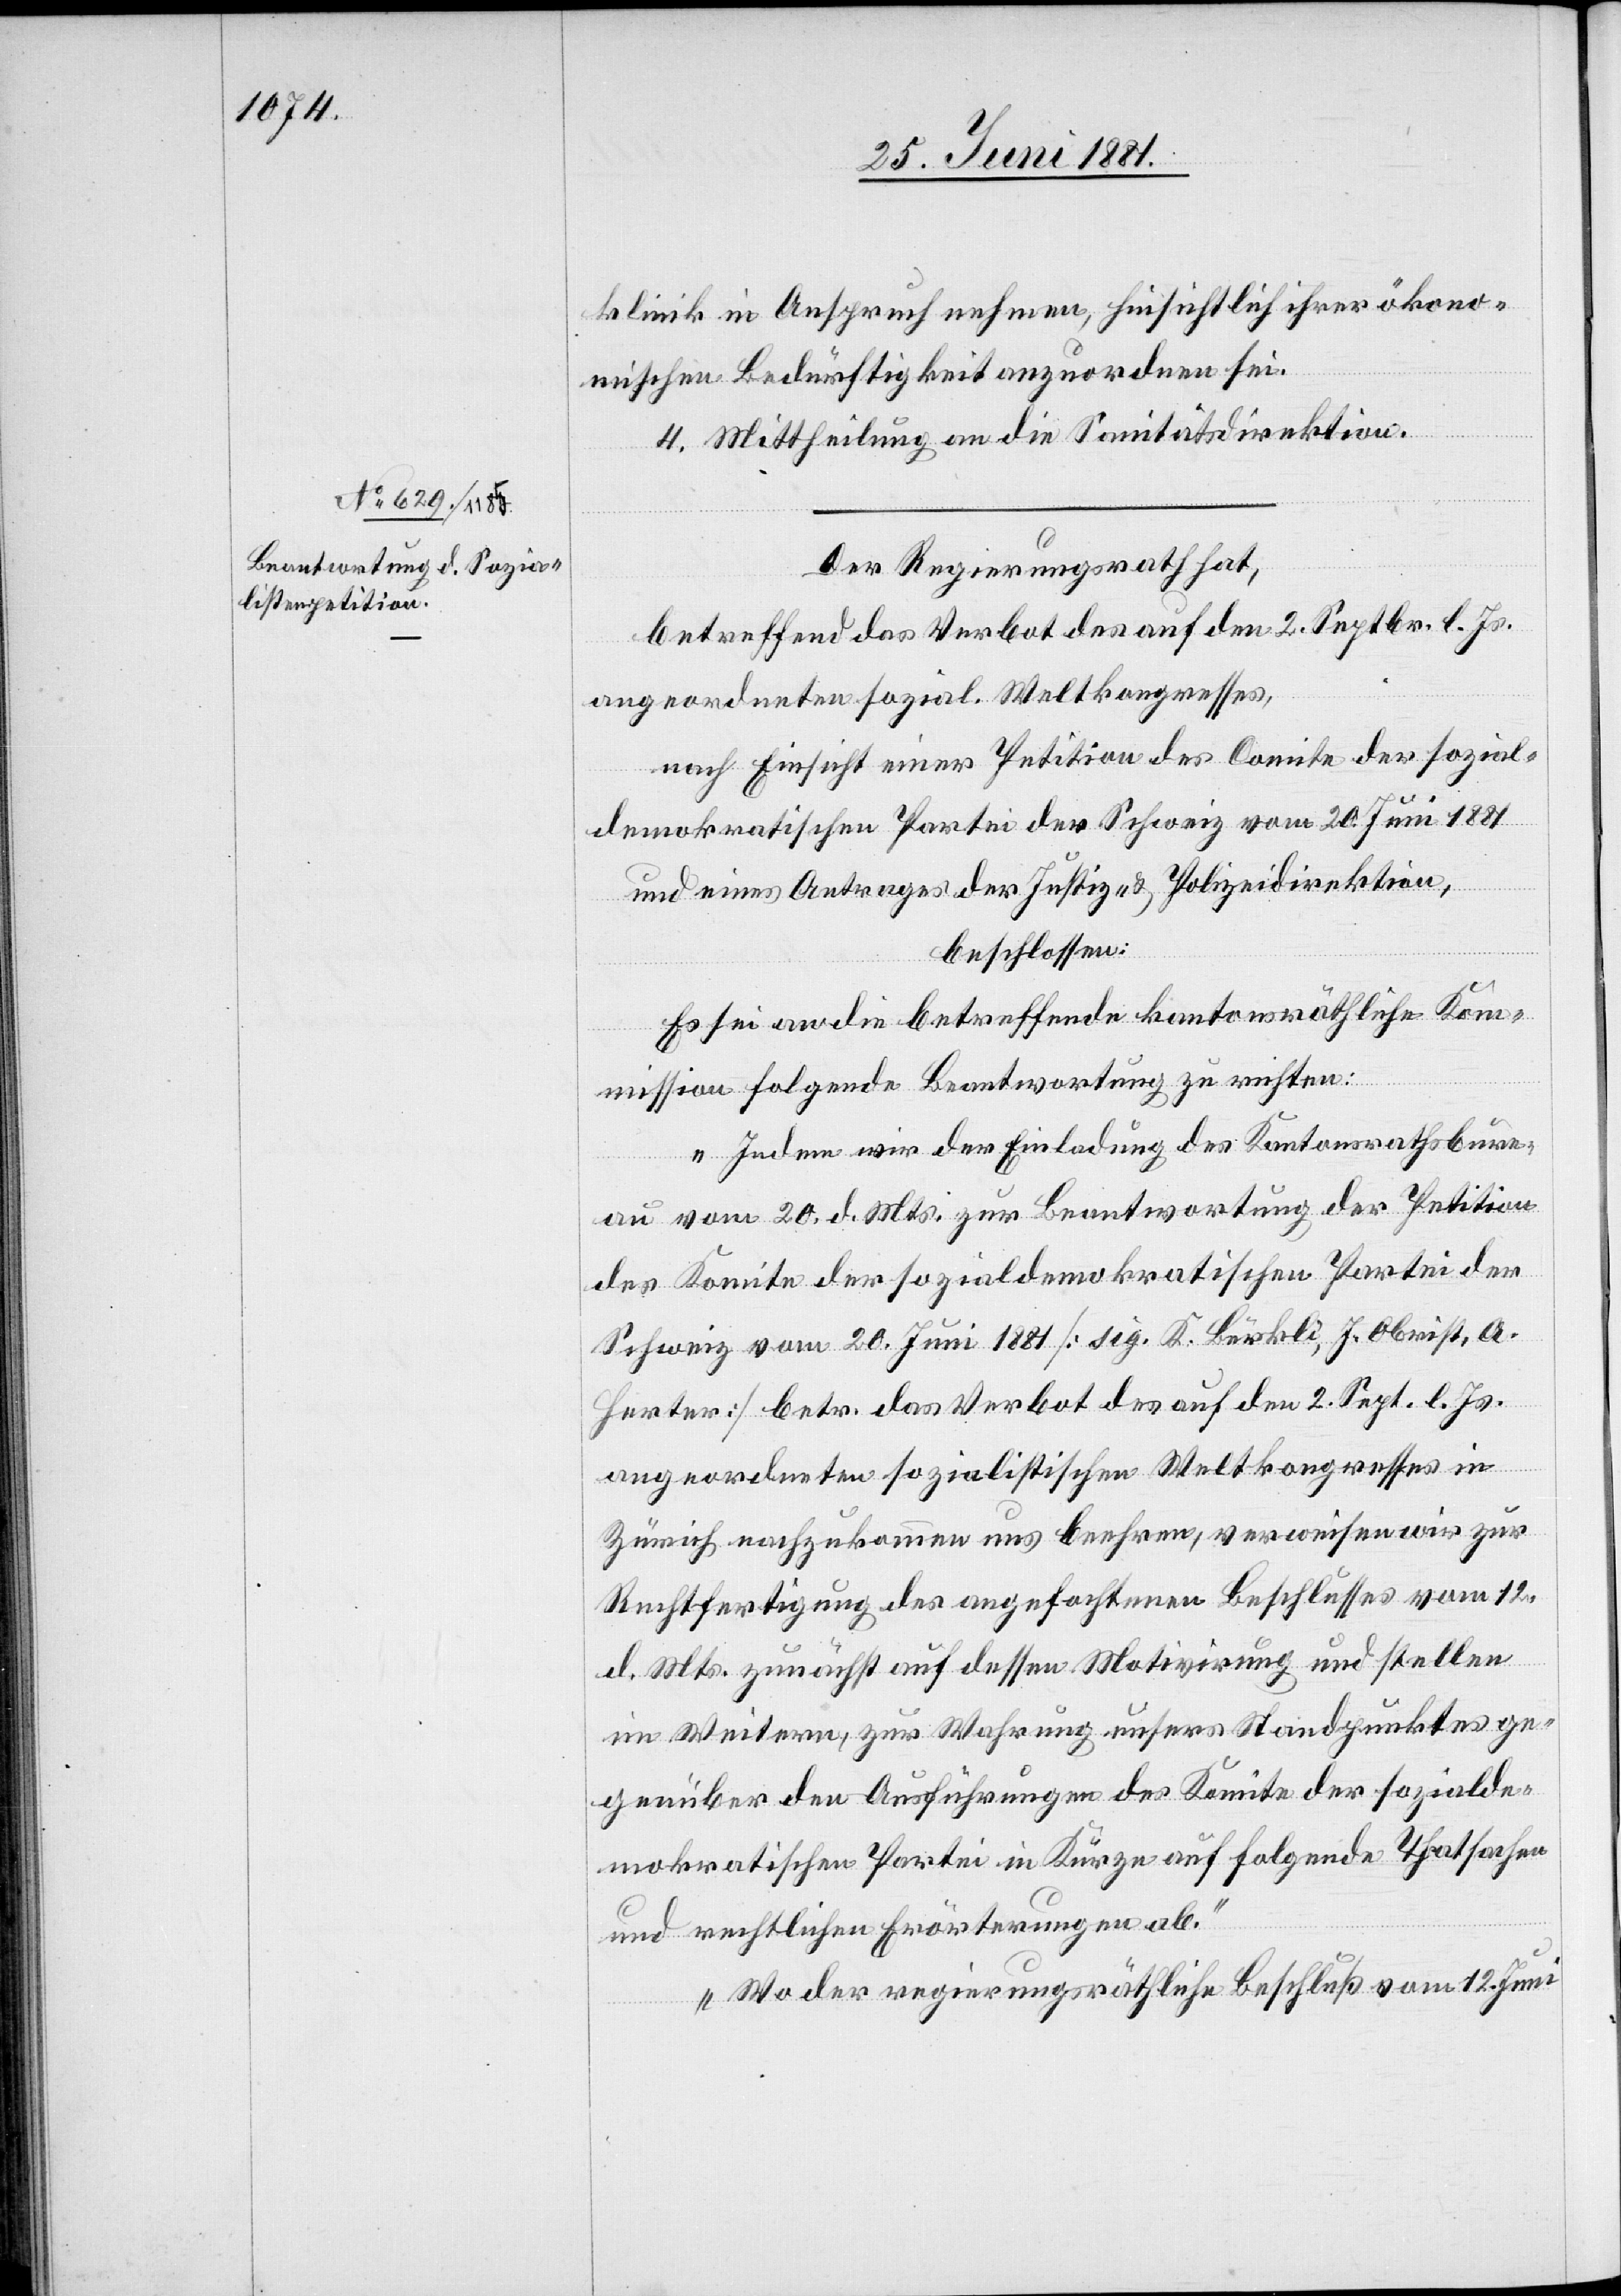
klinik in Anspruch nehmen, hinsichtlich ihrer ökono¬
mischen Bedürftigkeit anzuordnen sei.
4. Mittheilung an die Sanitätsdirektion.
Der Regierungsrath hat,
betreffend das Verbot des auf den 2. Septbr. l. Js.
angeordneten sozial. Weltkongresses,
nach Einsicht einer Petition des Comite der sozial¬
demokratischen Partei der Schweiz vom 20. Juni 1881
und eines Antrages der Justiz- & Polizeidirektion,
beschlossen:
Es sei an die betreffende kantonsräthliche Kom¬
mission folgende Beantwortung zu richten:
„Indem wir der Einladung des Kantonsrathsbure¬
au vom 20. d. Mts. zur Beantwortung der Petition
des Komitee der sozialdemokratischen Partei der
Schweiz vom 20. Juni 1881 [sig. K. Bürkli, J. Obrist, A.
Herter] betr. das Verbot des auf den 2. Sept. l. Js.
angeordneten sozialistischen Weltkongresses in
Zürich nachzukommen uns beehren, verweisen wir zur
Rechtfertigung des angefochtenen Beschlusses vom 12.
d. Mts. zunächst auf dessen Motivirung und stellen
im Weitern, zur Wahrung unsers Standpunktes ge¬
genüber den Ausführungen des Komitee der sozialde¬
mokratischen Partei in Kürze auf folgende Thatsachen
und rechtlichen Erörterungen ab.
Wo der regierungsräthliche Beschluß vom 12. Juni